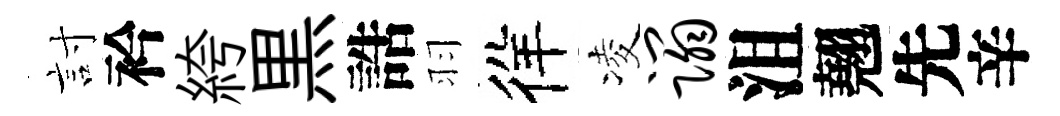
討衿絝黒誥羽徉凌蹋沮翹先辛